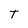
Character: T